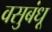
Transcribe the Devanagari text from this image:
वसुबंधू